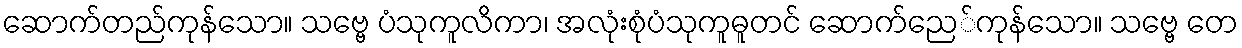
ဆောက်တည်ကုန်သော။ သဗ္ဗေ ပံသုကူလိကာ၊ အလုံးစုံပံသုကူဓူတင် ဆောက်ညေ်ကုန်သော။ သဗ္ဗေ တေ